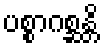
ပစ္စာဂစ္ဆန္တိ